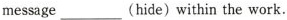
message___(hide)within the work.